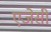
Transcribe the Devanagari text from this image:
एजेसी